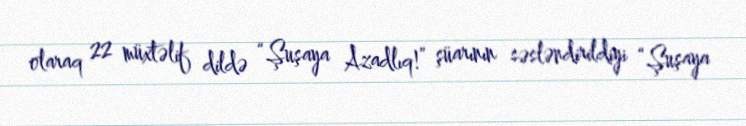
olaraq 22 müxtəlif dildə “Şuşaya Azadlıq!” şüarının səsləndirildiyi “Şuşaya